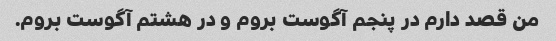
من قصد دارم در پنجم آگوست بروم و در هشتم آگوست بروم.